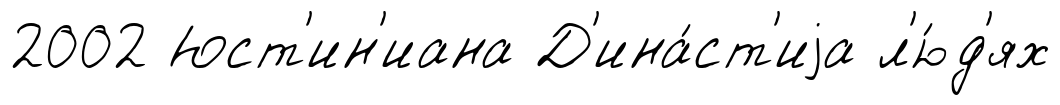
2002 Юст'ин'иана Д'ина́ст'иjа л'ю́д'ях